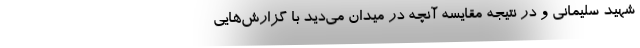
شهید سلیمانی و در نتیجه مقایسه آنچه در میدان می‌دید با گزارش‌هایی